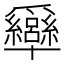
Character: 𤕍